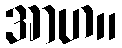
အာဟ။